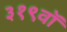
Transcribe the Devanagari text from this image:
३१९वॉ